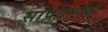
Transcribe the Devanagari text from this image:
सांप्रदाइक